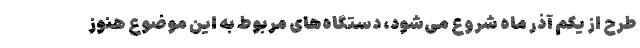
طرح از یکم آذر ماه شروع می‌شود، دستگاه‌های مربوط به این موضوع هنوز